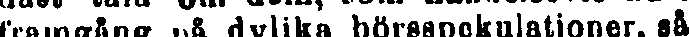
framgång på dylika börsspokulationer, så